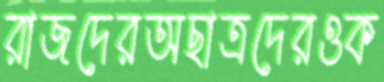
রাজদেরঅছাত্রদেরওক